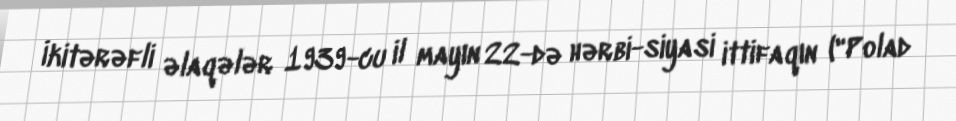
İkitərəfli əlaqələr 1939-cu il mayın 22-də hərbi-siyasi ittifaqın ("Polad